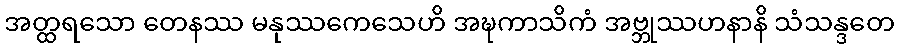
အတ္ထရသော တေနဿ မနုဿကေသေဟိ အဍ္ဎကာသိကံ အဗ္ဘုဿဟနာနိ သံသန္ဒတေ